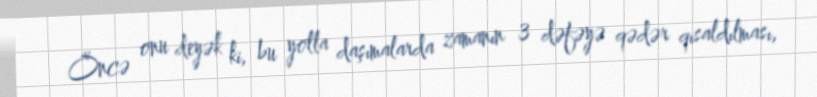
Öncə onu deyək ki, bu yolla daşımalarda zamanın 3 dəfəyə qədər qısaldılması,